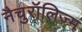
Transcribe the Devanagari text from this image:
नैचुरॉलिज़्म